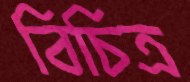
বিচিত্র